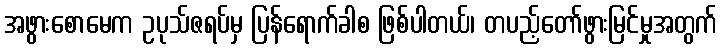
အဖွားစောမေက ဥပုသ်ဇရပ်မှ ပြန်ရောက်ခါစ ဖြစ်ပါတယ်၊ တပည့်တော်ဖွားမြင်မှုအတွက်